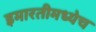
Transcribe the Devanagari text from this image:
इमारतीमध्येच